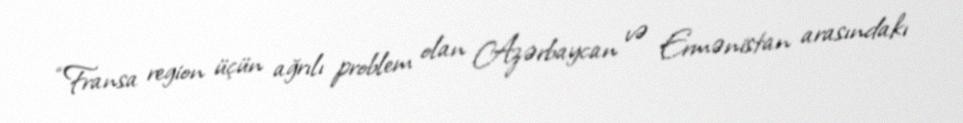
“Fransa region üçün ağrılı problem olan Azərbaycan və Ermənistan arasındakı